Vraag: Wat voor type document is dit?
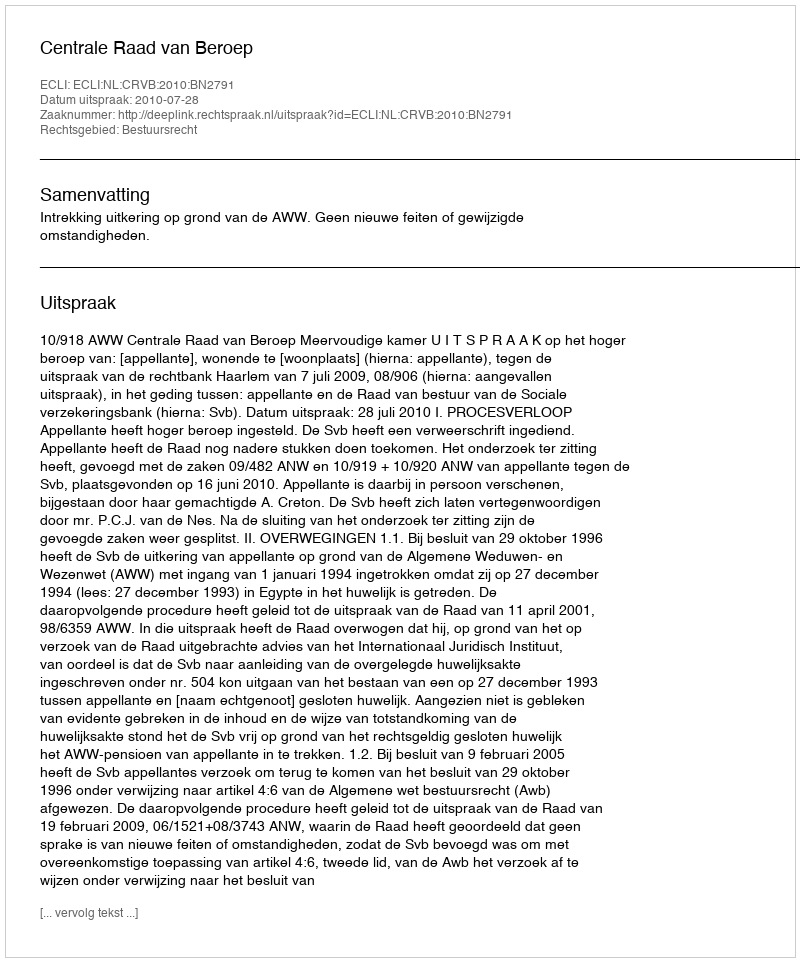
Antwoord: Uitspraak